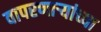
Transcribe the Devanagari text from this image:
वापरणाऱ्यांच्या